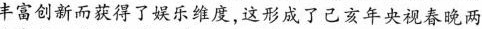
丰富创新而获得了娱乐维度，这形成了己亥年央视春晚两